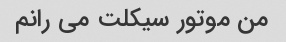
من موتور سیکلت می رانم